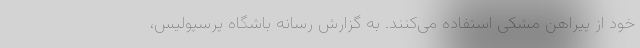
خود از پیراهن مشکی استفاده می‌کنند. به گزارش رسانه باشگاه پرسپولیس،